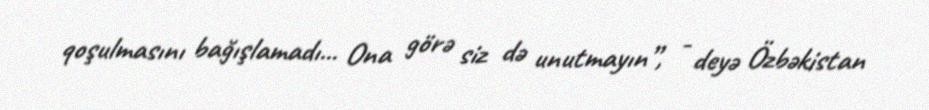
qoşulmasını bağışlamadı... Ona görə siz də unutmayın”, - deyə Özbəkistan